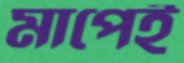
মাপেই